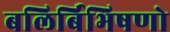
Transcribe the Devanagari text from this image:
बलिर्बिभिषणो